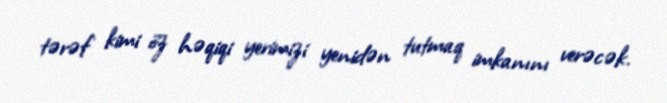
tərəf kimi öz həqiqi yerimizi yenidən tutmaq imkanını verəcək.